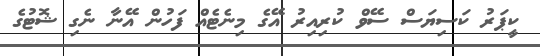
ކީޕަރު ކަސިޔަސް ސޭވް ކުރިއިރު އޭގެ މިނެޓެއް ފަހުން އޭނާ ނެގި ޝޮޓުގެ